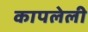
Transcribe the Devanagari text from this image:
कापलेली